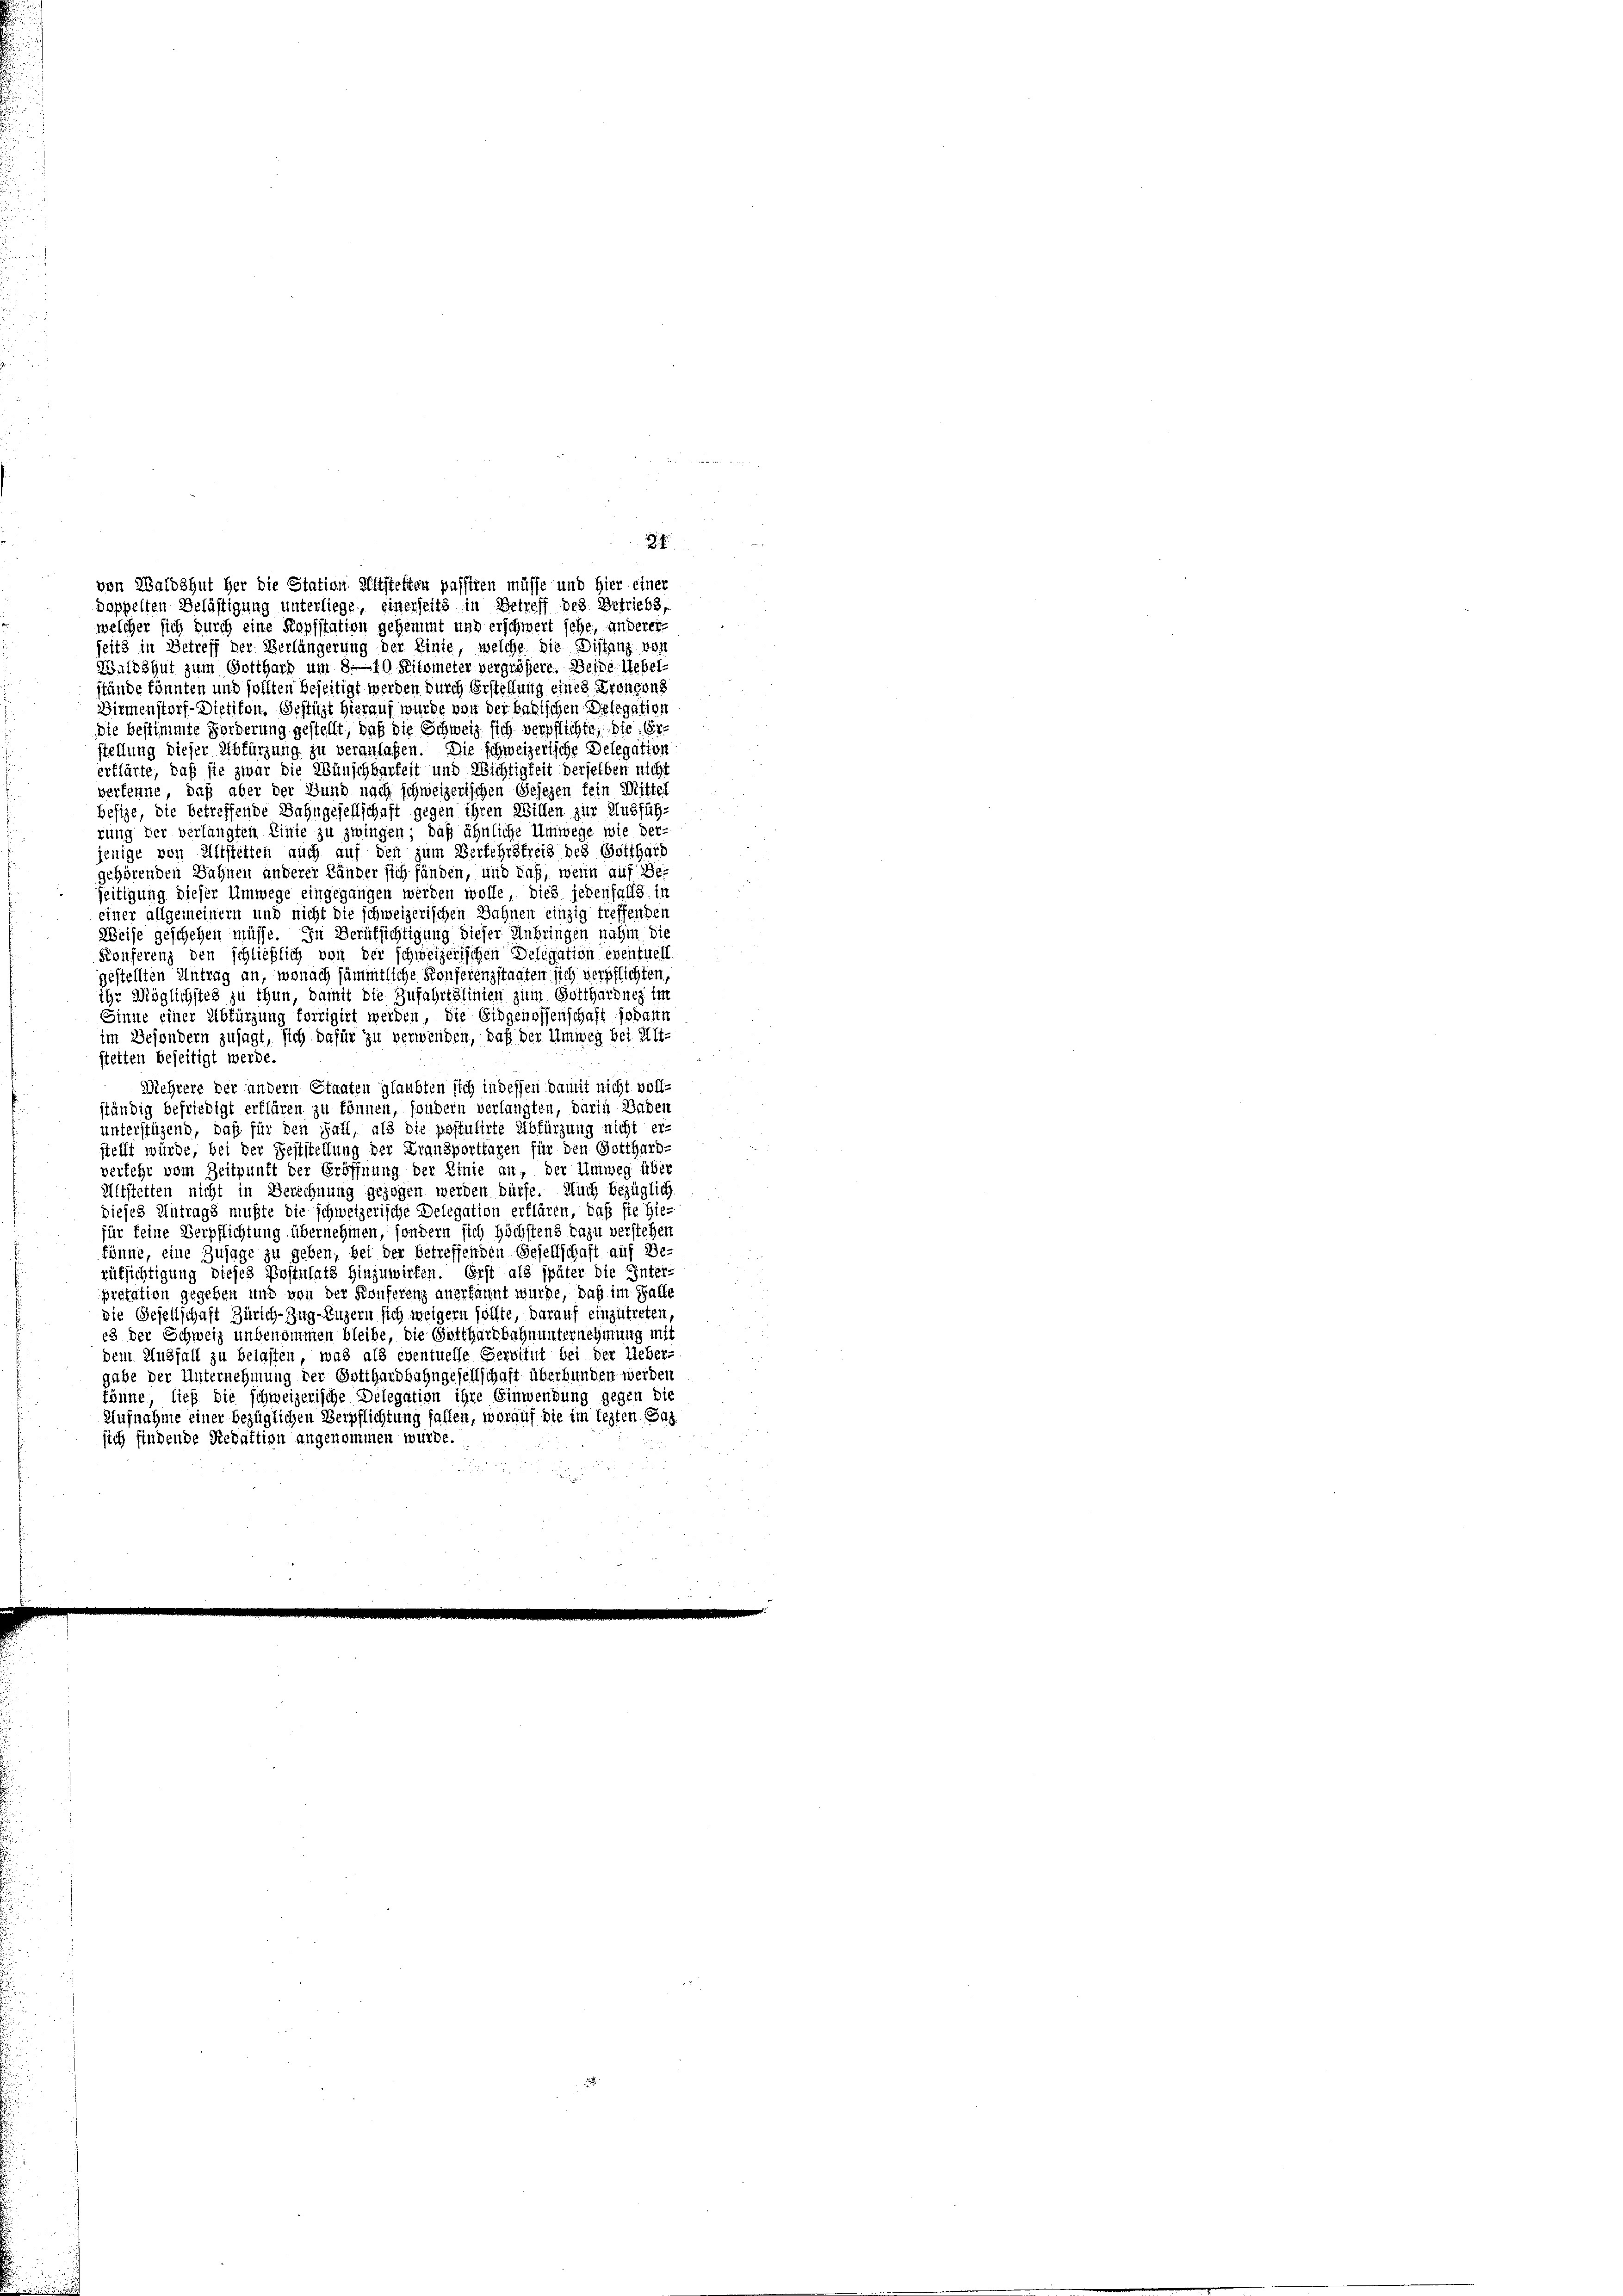
seits in Betreff der Verlängerung der Linie, welche die Distanz von
Waldshut zum Gotthard um 8—10 Kilometer vergrößere. Beide Uebel-
stände könnten und sollten beseitigt werden durch Erstellung eines Kronsons
Birmenstorf-Dietikon, Gestüzt hierauf wurde von der badischen Delegation
die bestimmte Forderung gestellt, daß die Schweiz sich verpflichte, die Erstellung dieser Abfürzung zu veranlaßen. Die schweizerische Delegation
erklärte, daß sie zwar die Wünschbarkeit und Wichtigkeit derselben nicht
verkenne, daß aber der Bund nach schweizerischen Gesezen fein Mittel
besize, die betreffende Bahngesellschaft gegen ihren Willen zur Ausfüh-
rung der verlängten Linie zu zwingen; daß ähnliche Umwege wie der-
jenige von Altstetten auch auf den zum Verkehrstreis des Gotthard
gehörenden Zahnen anderer Länder sich fänden, und daß, wenn auf Beseitigung dieser Umwege eingegangen werden wolle, dies jedenfalls in
einer allgemeinern und nicht die schweizerischen Bahnen einzig treffenden
Weise geschehen müsse. In Berufsichtigung dieser Anbringen nahm die
Konferenz den schließlich von der schweizerischen Delegation eventuell
gestellten Antrag an, wonach sämmtliche Konferenzstaaten sich verpflichten.
ihr Möglichstes zu thun, damit die Zufahrtslinien zum Gotthardney im
Sinne einer Abfürgung forrigirt werden, die Eidgenossenschaft sodann
im Besondern zusagt, sich dafür zu verwenden, daß der Umweg bei Alt-
stetten beseitigt werde.
Mehrere der andern Staaten glaubten sich indessen damit nicht voll-
ständig befriedigt erklären zu können, sondern verlangten, darin Dabei
unterstügend, daß für den Fall, als die postulirte Abfürzung nicht er-
stellt würde, bei der Feststellung der Fransportfagen für den Gotthard-
verkehr vom Zeitpunft der Eröffnung der Linie an, der Umweg über
Altstetten nicht in Berechnung gezogen werden dürfe. Auch bezüglich
dieses Antrags mußte die schweizerische Delegation erklären, daß sie hie-
für feine Verpflichtung übernehmen, sondern sich höchstens dazu verstehen
könne, eine Zusage zu geben, bei der betreffenden Gesellschaft auf Be-
rüfsichtigung dieses Postulats hinzuwirken. Erst als später die Enter-
pretation gegeben und von der Konferenz anerkannt würde, daß im Falle
die Gesellschaft Zürich–Zug–Luzern sich weigern sollte, darauf einzutreten,
e3 der Schweiz unbenommen bleibe, die Gotthardbahnunternehmung mit
dem Ausfall zu belasten, was als eventuelle Servitut bei der Ueber-
gabe der Unternehmung der Gotthardbahngesellschaft überbunden werden
könne, ließ die schweizerische Delegation ihre Einwendung gegen die
Aufnahme einer bezüglichen Verpflichtung fallen, worauf die im lezten Faz
sich findende Redaktion angenommen würde.

f
von Waldshut her die Station Altsteften passiren müsse und hier einer
doppelten Belästigung unterliege, einerseits in Betreff des Betriebs,
welcher sich durch eine Kopfstation gehemmt und erschwert jehe, anderer